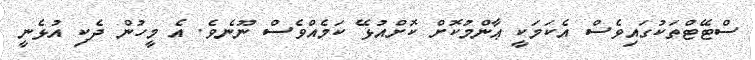
ސްޓޭޓްތަކުގައިވެސް އެކަމަކީ ޢާންމުކޮށް ކޮށްއުޅޭ ކަމެއްވެސް ނޫނެވެ. އެ މީހުން ދެކި އުޅެނީ